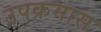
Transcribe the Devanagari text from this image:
उपक्रमास